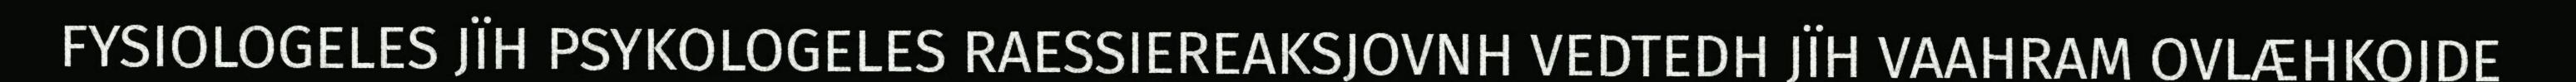
FYSIOLOGELES JÏH PSYKOLOGELES RAESSIEREAKSJOVNH VEDTEDH JÏH VAAHRAM OVLÆHKOJDE